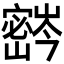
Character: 𫴚